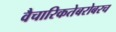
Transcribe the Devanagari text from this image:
वैचारिकतेबरोबरच